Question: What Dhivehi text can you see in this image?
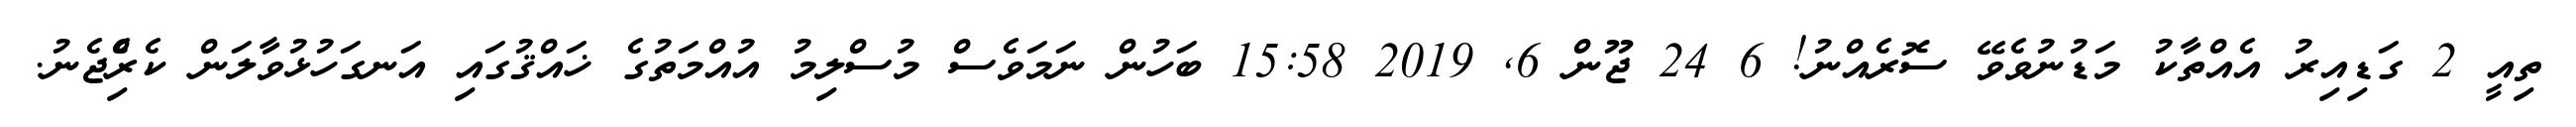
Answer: ތިއީ 2 ގަޑިއިރު އެއްތާކު މަޑުނުވެވޭ ސޮރެއްނު! 6 24 ޖޫން 6, 2019 15:58 ބަހުން ނަމަވެސް މުސްލިމު އުއްމަތުގެ ޚައްޤުގައި އަނގަހުޅުވާލަން ކެރިެްޖެނު.